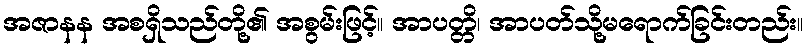
အဇာနန အစရှိသည်တို့၏ အစွမ်းဖြင့်။ အာပတ္တိ၊ အာပတ်သို့မရောက်ခြင်းတည်း။